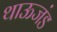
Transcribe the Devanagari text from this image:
थाऊजंड